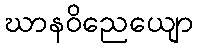
ဃာနဝိညေယျော